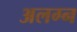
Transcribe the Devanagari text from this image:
अलग्न